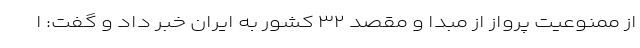
از ممنوعیت پرواز از مبدا و مقصد ۳۲ کشور به ایران خبر داد و گفت: ا